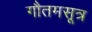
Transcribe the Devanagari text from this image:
गौतमसूत्र